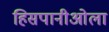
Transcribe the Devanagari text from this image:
हिसपानीओला